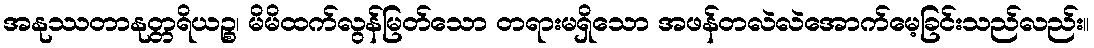
အနုဿတာနုတ္တရိယဉ္စ၊ မိမိထက်လွန်မြတ်သော တရားမရှိသော အဖန်တလဲလဲအောက်မေ့ခြင်းသည်လည်း။